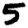
Digit: 5